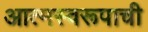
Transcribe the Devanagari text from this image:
आत्मस्वरूपाची